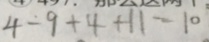
4 - 9 + 4 + 1 1 - 1 0